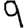
Digit: 9